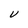
Character: U